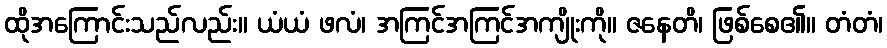
ထိုအကြောင်းသည်လည်း။ ယံယံ ဖလံ၊ အကြင်အကြင်အကျိုးကို။ ဇနေတိ၊ ဖြစ်စေ၏။ တံတံ၊